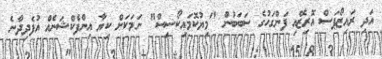
އަދި ރައިޒޯޕަސް އޮރިޒޭއި ފަންގަހުގެ ސަބަބަުން "މިޔުކޮމައިކޯސިސް" ނަމަކަށް ކިޔާ އިންފެކްޝަނެއް އުފެދިދާނެ